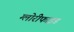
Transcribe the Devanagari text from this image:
ग्लोरीफाइड